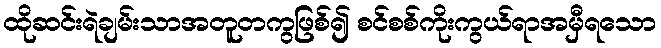
ထိုဆင်းရဲချမ်းသာအတူတကွဖြစ်၍ စင်စစ်ကိုးကွယ်ရာအမှီရသော